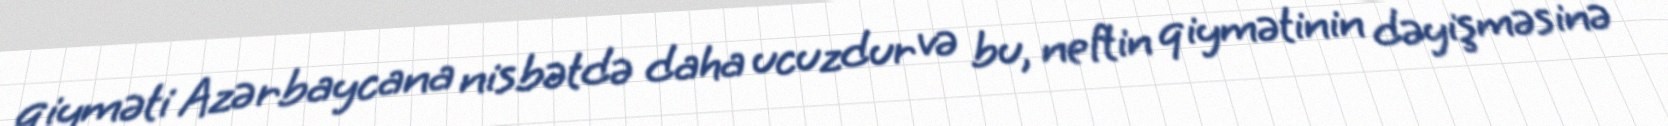
qiyməti Azərbaycana nisbətdə daha ucuzdur və bu, neftin qiymətinin dəyişməsinə